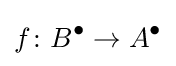
f\colon B^{\bullet }\to A^{\bullet }